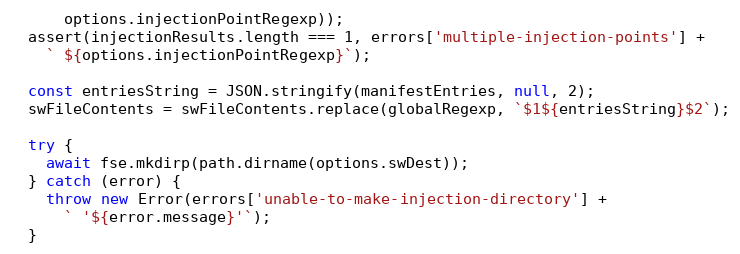
Language: JavaScript
      options.injectionPointRegexp));
  assert(injectionResults.length === 1, errors['multiple-injection-points'] +
    ` ${options.injectionPointRegexp}`);

  const entriesString = JSON.stringify(manifestEntries, null, 2);
  swFileContents = swFileContents.replace(globalRegexp, `$1${entriesString}$2`);

  try {
    await fse.mkdirp(path.dirname(options.swDest));
  } catch (error) {
    throw new Error(errors['unable-to-make-injection-directory'] +
      ` '${error.message}'`);
  }